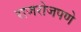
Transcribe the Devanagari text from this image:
राजरोजपणे